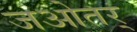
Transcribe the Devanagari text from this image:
जओतर्